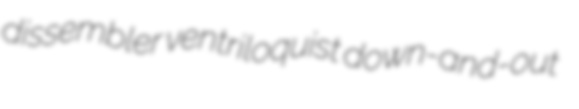
dissembler ventriloquist down-and-out